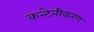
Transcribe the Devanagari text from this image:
कन्टेनीकरण